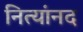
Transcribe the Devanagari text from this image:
नित्यांनद